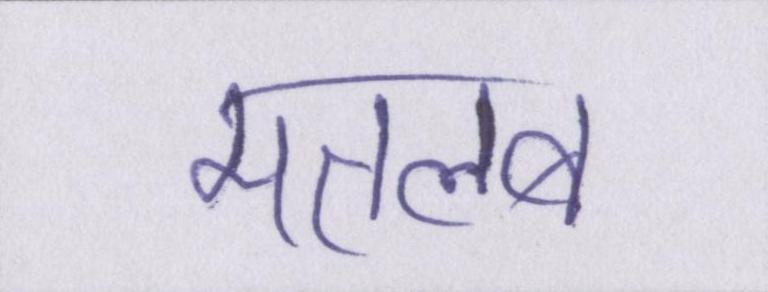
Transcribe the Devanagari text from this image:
मतलब